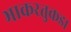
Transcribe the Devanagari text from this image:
भाकरतुकडा